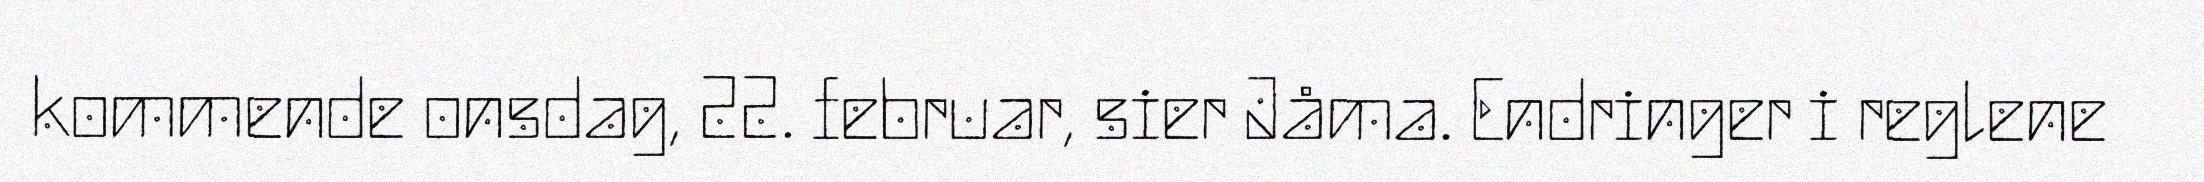
kommende onsdag, 22. februar, sier Jåma. Endringer i reglene